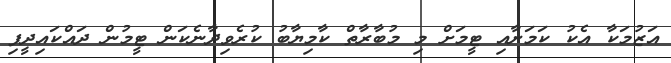
އަޒުމަކާ އެކު ކަމަށާއި ޓީމަށް މި މުބާރާތް ކާމިޔާބު ކުރެވިދާނެކަން ޓީމުން ދައްކައިދީފި